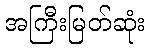
အကြီးမြတ်ဆုံး